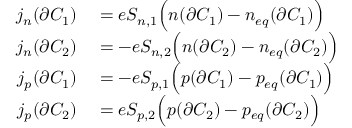
\begin{array} { r } { \begin{array} { r l } { j _ { n } ( \partial C _ { 1 } ) } & { { } = e S _ { n , 1 } \Big ( n ( \partial C _ { 1 } ) - n _ { e q } ( \partial C _ { 1 } ) \Big ) } \\ { j _ { n } ( \partial C _ { 2 } ) } & { { } = - e S _ { n , 2 } \Big ( n ( \partial C _ { 2 } ) - n _ { e q } ( \partial C _ { 2 } ) \Big ) } \\ { j _ { p } ( \partial C _ { 1 } ) } & { { } = - e S _ { p , 1 } \Big ( p ( \partial C _ { 1 } ) - p _ { e q } ( \partial C _ { 1 } ) \Big ) } \\ { j _ { p } ( \partial C _ { 2 } ) } & { { } = e S _ { p , 2 } \Big ( p ( \partial C _ { 2 } ) - p _ { e q } ( \partial C _ { 2 } ) \Big ) } \end{array} } \end{array}